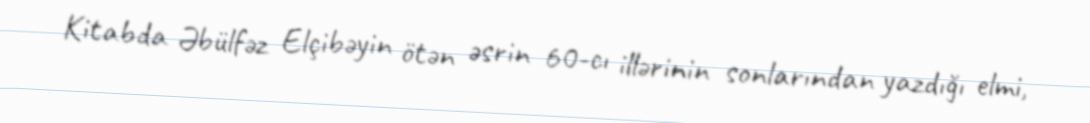
Kitabda Əbülfəz Elçibəyin ötən əsrin 60-cı illərinin sonlarından yazdığı elmi,